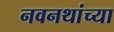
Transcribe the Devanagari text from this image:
नवनथांच्या